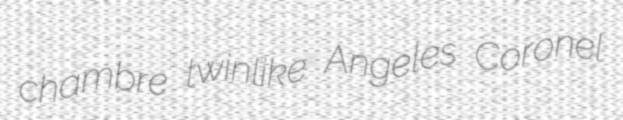
chambre twinlike Angeles Coronel